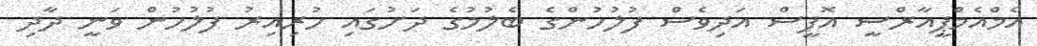
އެމްއެމްޕީއާރްސީ އޮފީސް އަދިވެސް ފުލުހުންގެ ބެލުމުގެ ދަށުގައި ހުރިއިރު ފުލުހުން ވަނީ ދާދި